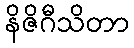
နိဇိဂီသိတာ